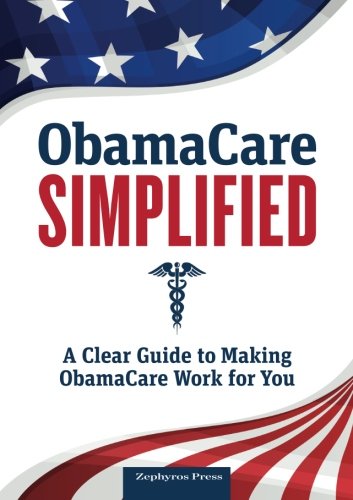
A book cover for Obamacare Simplified: A Clear Guide to Making Obamacare Work for You; Zephyros Press; Law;